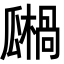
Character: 𤬙